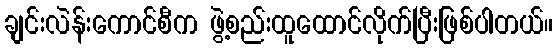
ချင်းလဲန်းကောင်စီက ဖွဲ့စည်းထူထောင်လိုက်ပြီးဖြစ်ပါတယ်။